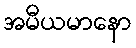
အမီယမာနော